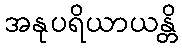
အနုပရိယာယန္တိ